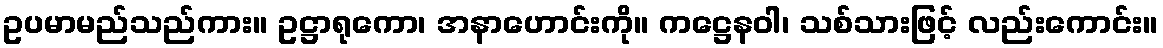
ဥပမာမည်သည်ကား။ ဥဋ္ဌာရုကော၊ အနာဟောင်းကို။ ကဋ္ဌေနဝါ၊ သစ်သားဖြင့် လည်းကောင်း။